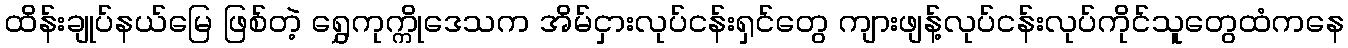
ထိန်းချုပ်နယ်မြေ ဖြစ်တဲ့ ရွှေကုက္ကိုဒေသက အိမ်ငှားလုပ်ငန်းရှင်တွေ ကျားဖျန့်လုပ်ငန်းလုပ်ကိုင်သူတွေထံကနေ